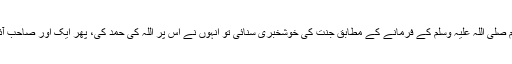
میں نے انہیں نبی کریم صلی اللہ علیہ وسلم کے فرمانے کے مطابق جنت کی خوشخبری سنائی تو انہوں نے اس پر اللہ کی حمد کی، پھر ایک اور صاحب آئے اور دروازہ کھلوایا۔